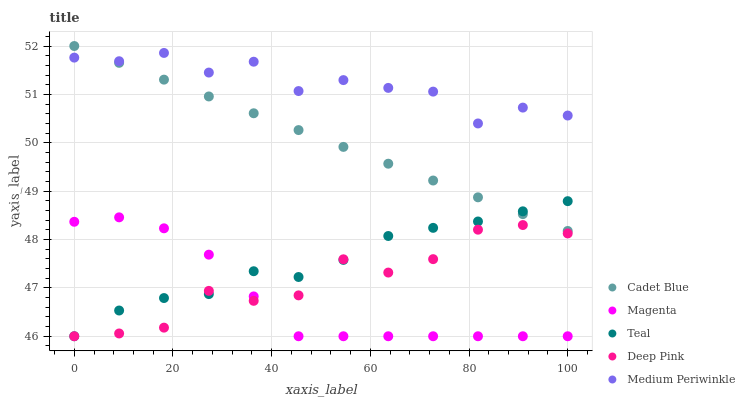
| xaxis_label | Cadet Blue | Magenta | Teal | Deep Pink | Medium Periwinkle |
 | --- | --- | --- | --- | --- | --- |
 | 0 | 52 | 48.4 | 46 | 46 | 51.8 |
 | 9.09 | 51.7 | 48.5 | 46.5 | 46.1 | 51.7 |
 | 18.2 | 51.3 | 48.2 | 46.8 | 46.2 | 51.9 |
 | 27.3 | 51 | 47.7 | 46.9 | 46.9 | 51.5 |
 | 36.4 | 50.6 | 46.8 | 47.3 | 46.7 | 51.7 |
 | 45.5 | 50.3 | 46 | 47.2 | 46.8 | 51.1 |
 | 54.5 | 49.9 | 46 | 47.6 | 47.6 | 51.3 |
 | 63.6 | 49.6 | 46 | 48.1 | 47.3 | 51.1 |
 | 72.7 | 49.2 | 46 | 48.2 | 47.6 | 51.1 |
 | 81.8 | 48.9 | 46 | 48.4 | 48.2 | 50.4 |
 | 90.9 | 48.5 | 46 | 48.6 | 48.3 | 50.7 |
 | 100 | 48.2 | 46 | 48.8 | 48.1 | 50.6 |